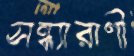
সন্ধ্যারাণী